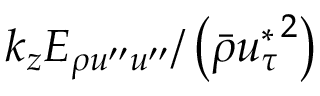
k _ { z } E _ { \rho u ^ { \prime \prime } u ^ { \prime \prime } } / \left( \bar { \rho } { u _ { \tau } ^ { * } } ^ { 2 } \right)